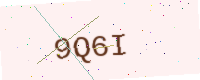
Text: 9Q6I